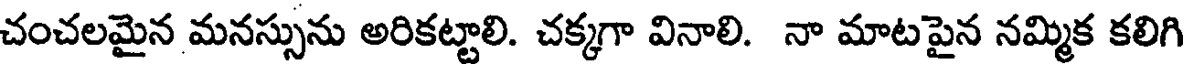
చంచలమైన మనస్సును అరికట్టాలి. చక్కగా వినాలి. నా మాటపైన నమ్మిక కలిగి